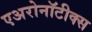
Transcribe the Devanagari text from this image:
एअरोनॉटीक्स